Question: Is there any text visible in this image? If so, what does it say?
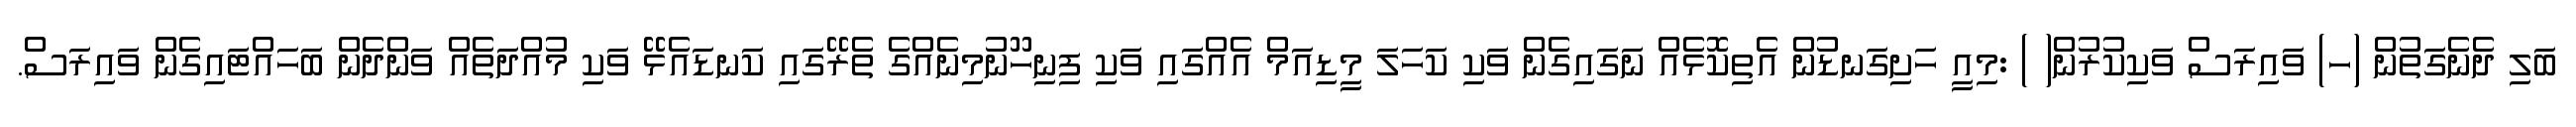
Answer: ބަލި ދެނެގަތުން (ހ) ވައިރަސް ވަކިކުރުން( ) :މިއީ ހަށިގަނޑުން އެތިކޮޅެއް ނަގައިގެން ވަކި ކަހަލަ މީޑިއަމް އެއްގައި ވަކި ފިނިހޫނުމިނެއްގެ ތެރޭގައި ކަނޑައެޅޭ ވަކި މުއްދަތެއް ވަންދެން ބަހައްޓައިގެން ވައިރަސް.